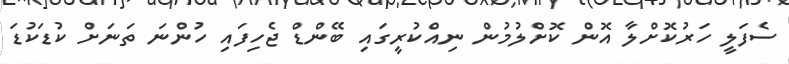
ސެފަލީ ހަރުކޮށްލާ އޮން ކޮށްލުމުން ނިއްކުރީގައި ބޭންޑް ޖެހިފައި ހުންނަ ތަނަށް ކުޑަކުޑަ